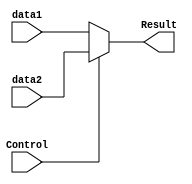
`timescale 1ns / 1ps
//////////////////////////////////////////////////////////////////////////////////
// Company: 
// Engineer: 
// 
// Design Name: 
// Module Name: data_2_to_1
// Project Name: 
// Target Devices: 
// Tool Versions: 
// Description: 
// 
// Dependencies: 
// 
// Revision:
// Revision 0.01 - File Created
// Additional Comments:
// 
//////////////////////////////////////////////////////////////////////////////////


module data_2_to_1(input [31:0]data1,data2,input Control, output [31:0]Result

    );
    assign Result = (Control == 1'b0 ? data1 : data2);
endmodule